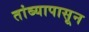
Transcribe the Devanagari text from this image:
तांब्यापासून